Report of the Indian Hemp Drugs Commission, 1894-1895 - Volume V
Year: 1894
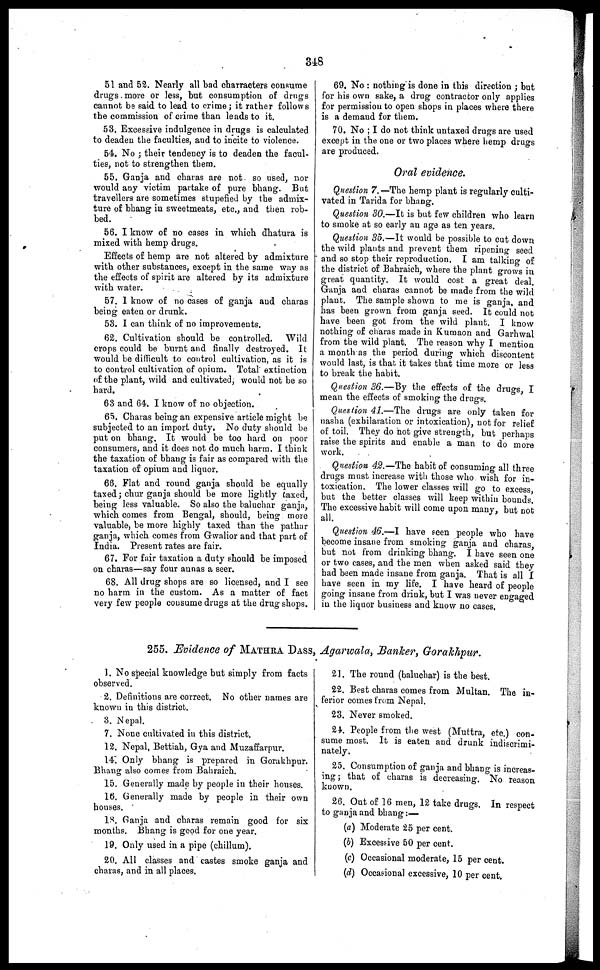
348
51 and 52. Nearly all bad charracters consume
drugs more or less, but consumption of drugs
cannot be said to lead to crime ; it rather follows
the commission of crime than leads to it.
53. Excessive indulgence in drugs is calculated
to deaden the faculties, and to incite to violence.
54. No ; their tendency is to deaden the facul-
ties, not to strengthen them.
55. Ganja and charas are not so used, nor
would any victim partake of pure bhang. But
travellers are sometimes stupefied by the admix-
ture of bhang in sweetmeats, etc., and then rob-
bed.
56. I know of no cases in which dhatura is
mixed with hemp drugs.
Effects of hemp are not altered by admixture
with other substances, except in the same way as
the effects of spirit are altered by its admixture
with water.
57. 1 know of no cases of ganja and charas
being eaten or drunk.
53. I can think of no improvements.
62. Cultivation should be controlled. Wild
crops could be burnt and finally destroyed. It
would be difficult to control cultivation, as it is
to control cultivation of opium. Total extinction
of the plant, wild and cultivated, would not be so
hard.
63 and 64. I know of no objection.
65. Charas being an expensive article might be
subjected to an import duty. No duty should be
put on bhang. It would be too hard on poor
consumers, and it does not do much harm. I think
the taxation of bhang is fair as compared with the
taxation of opium and liquor.
66. Flat and round ganja should be equally
taxed ; chur ganja should be more lightly taxed,
being less valuable. So also the baluchar ganja,
which comes from Bengal, should, being more
valuable, be more highly taxed than the pathar
ganja, which comes from Gwalior and that part of
India. Present rates are fair.
67. For fair taxation a duty should be imposed
on charas—say four aunas a seer.
68. All drug shops are so licensed, and I see
no harm in the custom. As a matter of fact
very few people consume drugs at the drug shops.
69. No : nothing is done in this direction ; but
for his own sake, a drug contractor only applies
for permission to open shops in places where there
is a demand for them.
70. No ; I do not think untaxed drugs are used
except in the one or two places where hemp drugs
are produced.
Oral evidence.
Question 7.—The hemp plant is regularly culti-
vated in Tarida for bhang.
Question 30.—It is but few children who learn
to smoke at so early an age as ten years.
Question 35.—It would be possible to cut down
the wild plants and prevent them ripening seed
and so stop their reproduction. I am talking of
the district of Bahraich, where the plant grows in
great quantity. It would cost a great deal.
Ganja and charas cannot be made from the wild
plant. The sample shown to me is ganja, and
has been grown from ganja seed. It could not
have been got from the wild plant. I know
nothing of charas made in Kumaon and Garhwal
from the wild plant. The reason why I mention
a month as the period during which discontent
would last, is that, it takes that time more or less
to break the habit.
Question 36.—By the effects of the drugs, I
mean the effects of smoking the drugs.
Question 41.—The drugs are only taken for
nasha (exhilaration or intoxication), not for relief
of toil. They do not give strength, but perhaps
raise the spirits and enable a man to do more
work.
Question 42.—The habit of consuming all three
drugs must increase with those who wish for in-
toxication. The lower classes will go to excess
but the better classes will keep within bounds'.
The excessive habit will come upon many, but not
all.
Question 46.—I have seen people who have
become insane from smoking ganja and charas
but not from drinking bhang. I have seen one
or two cases, and the men when asked said they
had been made insane from ganja. That is all I
have seen in my life. I have heard of people
going insane from drink, but I was never engaged
in the liquor business and know no cases.
255. Evidence of MATHRA DASS , Agarwala, Banker, Gorakhpur.
1. No special knowledge but simply from facts
observed.
2. Definitions are correct. No other names are
known in this district.
3. Nepal.
7. None cultivated in this district.
12. Nepal, Bettiah, Gya and Muzaffarpur.
14. Only bhang is prepared in Gorakhpur.
Bhang also comes from Bahraich.
15. Generally made by people in their houses.
16. Generally made by people in their own
houses.
18. Ganja and charas remain good for six
months. Bhang is good for one year.
19. Only used in a pipe (chillum).
20. All classes and castes smoke ganja and
charas, and in all places.
21. The round (baluchar) is the best.
22. Best charas comes from Multan. The in-
ferior comes from Nepal.
23. Never smoked.
24. People from the west (Muttra, etc.) con-
sume most. It is eaten and drunk indiscrimi-
nately.
25. Consumption of ganja and bhang is increas-
ing ; that of charas is decreasing. No reason
known.
26. Out of 16 men, 12 take drugs. In respect
to ganja and bhang :—
(a) Moderate 25 per cent.
(b) Excessive 50 per cent.
(c) Occasional moderate, 15 per cent.
(d) Occasional excessive, 10 per cent.